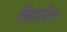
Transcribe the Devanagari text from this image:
निहारिए।